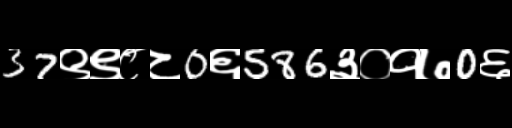
Text: 37९९८८0६586३०१७0६